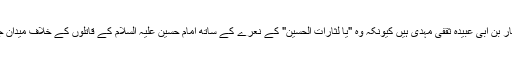
بعض دوسروں نے گمان کیا کہ مختار بن ابی عبیدہ ثقفی مہدی ہیں کیونکہ وہ "یا لثارات الحسین" کے نعرے کے ساتھ امام حسین علیہ السلام کے قاتلوں کے خلاف میدان جنگ میں اترے اور ان سے انتقام لیا۔